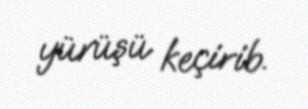
yürüşü keçirib.